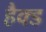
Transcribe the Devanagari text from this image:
हैक्ड